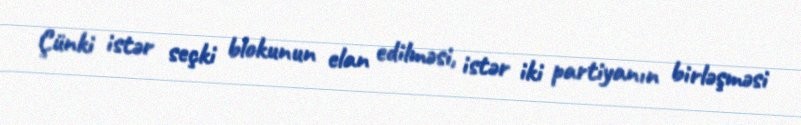
Çünki istər seçki blokunun elan edilməsi, istər iki partiyanın birləşməsi